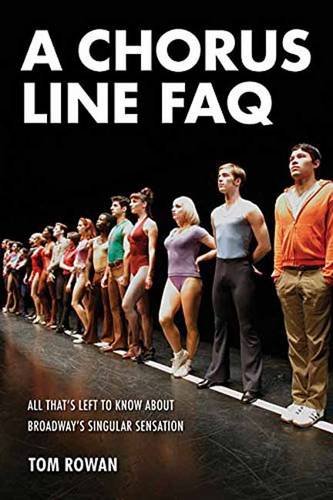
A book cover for A Chorus Line FAQ: All That's Left to Know About Broadway's Singular Sensation (FAQ Series); Tom Rowan; Humor & Entertainment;